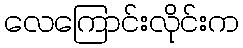
လေကြောင်းလိုင်းက